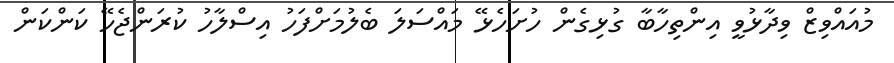
މުއައްވިޒް ވިދާޅުވީ އިންތިހާބާ ގުޅިގެން ހުށަހެޅޭ މައްސަލަ ބެލުމަށްފަހު އިސްލާހު ކުރަންޖެހޭ ކަންކަން